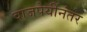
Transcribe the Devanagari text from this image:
वाजपेयींनंतर